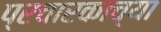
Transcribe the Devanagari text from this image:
प्रचारकाच्या